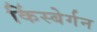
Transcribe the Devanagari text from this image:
किंस्बेर्गन